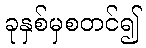
ခုနှစ်မှစတင်၍